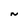
Character: N